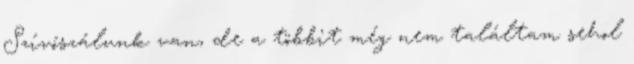
Szívószálunk van, de a többit még nem találtam sehol